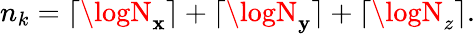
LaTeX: n_{k}=\lceil\logN_{\mathbf{x}}\rceil+\lceil\logN_{\mathbf{y}}\rceil+\lceil\logN_{z}\rceil.